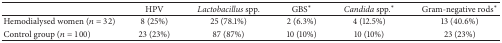
<table><thead><tr><td><b> </b></td><td><b>HPV</b></td><td><b><i>Lactobacillus</i> spp.</b></td><td><b>GBS*</b></td><td><b><i>Candida</i> spp.*</b></td><td><b>Gram-negative rods*</b></td></tr></thead><tbody><tr><td>Hemodialysed women (<i>n</i> = 32)</td><td>8 (25%)</td><td>25 (78.1%)</td><td>2 (6.3%)</td><td>4 (12.5%)</td><td>13 (40.6%)</td></tr><tr><td>Control group (<i>n</i> = 100)</td><td>23 (23%)</td><td>87 (87%)</td><td>10 (10%)</td><td>10 (10%)</td><td>23 (23%)</td></tr></tbody></table>